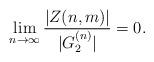
LaTeX: \begin{align*} \lim_{n\to \infty} \frac{|Z(n,m)|}{|G_{2}^{(n)}|} = 0. \end{align*}